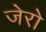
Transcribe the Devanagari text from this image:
जेरो